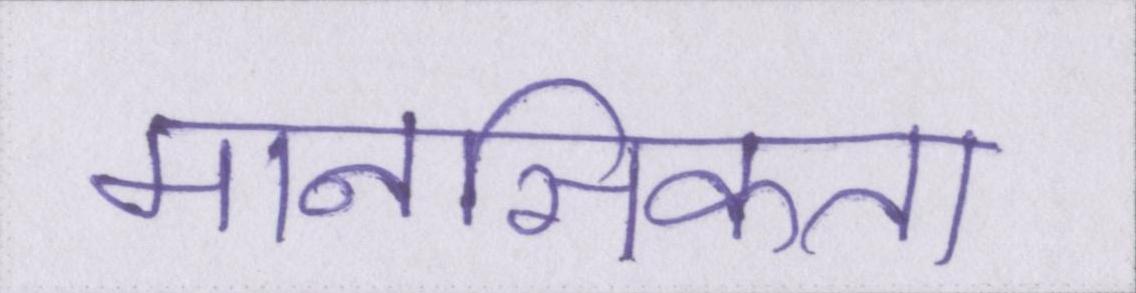
मानसिकता